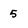
Character: 5